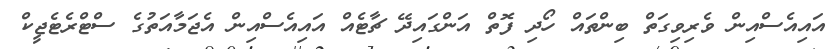
އައިއެސްއިން ވެރިވިގަތް ބިންތައް ހޯދި ފޮތް އަންގައިދޭ ޗާޓެއް އައިއެސްއިން އެޖަމާއަތުގެ ސްޓްރެޓެޖީކް